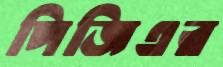
পিজিএর